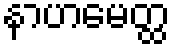
နာဟမေတ္ထ